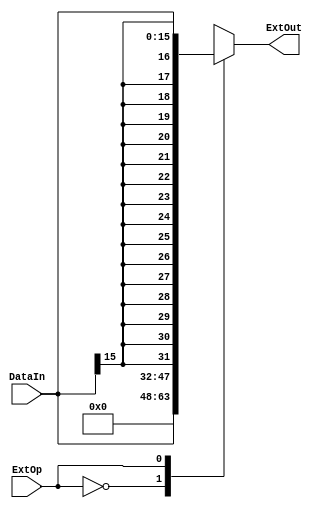
`define EXT_ZERO    2'b00
`define EXT_SIGNED  2'b01
`define EXT_HIGHPOS 2'b10
module Extender(ExtOut, DataIn, ExtOp);

input [15: 0] DataIn;
input ExtOp;
output reg[31: 0] ExtOut;

integer i;     //

always@(DataIn or ExtOp)
begin
    case (ExtOp)
        `EXT_ZERO:
            ExtOut = {16'd0, DataIn};
        `EXT_SIGNED:
            ExtOut = {{16{DataIn[15]}}, DataIn};
        `EXT_HIGHPOS:
            ExtOut = {DataIn, 16'd0};
        default:
            ;
    endcase
end
endmodule